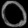
Digit: ၀